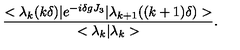
\frac { < \lambda _ { k } ( k \delta ) | e ^ { - i \delta g J _ { 3 } } | \lambda _ { k + 1 } ( ( k + 1 ) \delta ) > } { < \lambda _ { k } | \lambda _ { k } > } .